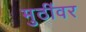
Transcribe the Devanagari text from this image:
मुठींवर